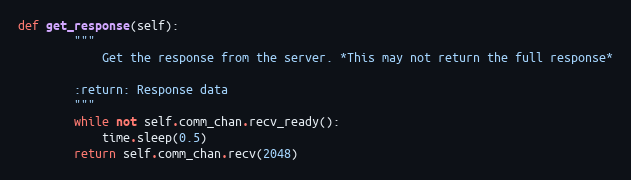
Language: Python
def get_response(self):
        """
            Get the response from the server. *This may not return the full response*

        :return: Response data
        """
        while not self.comm_chan.recv_ready():
            time.sleep(0.5)
        return self.comm_chan.recv(2048)